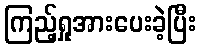
ကြည့်ရှုအားပေးခဲ့ပြီး